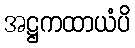
အဋ္ဌကထာယံပိ